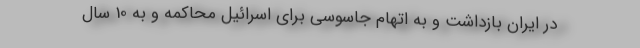
در ایران بازداشت و به اتهام جاسوسی برای اسرائیل محاکمه و به 10 سال